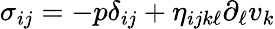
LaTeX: \sigma_{ij}=-p\delta_{ij}+\eta_{ijk\ell}\partial_{\ell}v_{k}